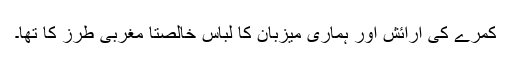
کمرے کی آرائش اور ہماری میزبان کا لباس خالصتاً مغربی طرز کا تھا۔